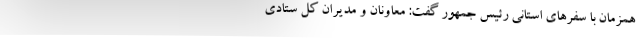
همزمان با سفرهای استانی رئیس جمهور گفت: معاونان و مدیران کل ستادی